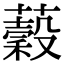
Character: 𧂣